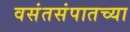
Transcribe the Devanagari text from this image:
वसंतसंपातच्या